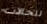
للحالات